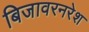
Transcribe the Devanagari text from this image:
बिजावरनरेश